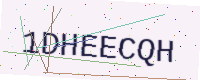
Text: 1DHEECQH